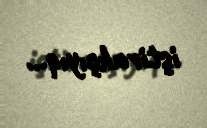
iştirakçıyıq...